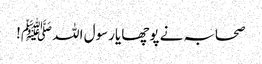
صحابہ نے پوچھا یارسول اللہ ﷺ!